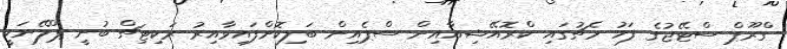
ގްރޫޕް ސްޓޭޖުގެ ފަހު މެޗުގައި ކްރޮއޭޝިއާއިން ސްޕެއިން ބަލިކޮށްފައިވާއިރު ރަކިޓިޗް ބުނީ ޕްލޭނަކީ